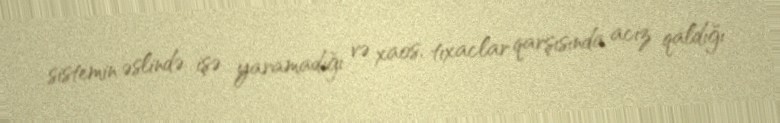
sistemin əslində işə yaramadığı və xaos, tıxaclar qarşısında aciz qaldığı